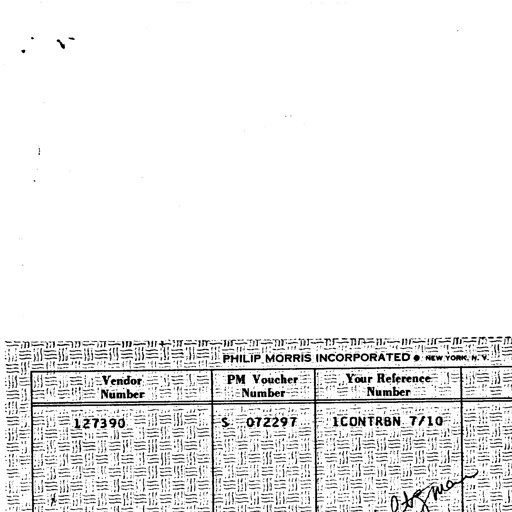
PHILIP MORRIS INCORPORATED • NEW YORK, N. Y.
Vendor Number
PM Voucher Number
Your Reference Number
127390
S 072297
1CONTR8N 7/10
atgman